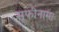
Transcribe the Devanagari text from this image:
सूफीनामा